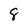
Character: 8